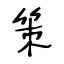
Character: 策